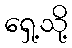
ရှေ့သို့